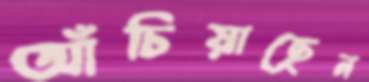
আঁচিয়াছেন